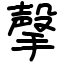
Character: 撀